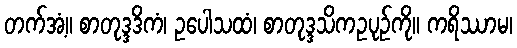
တက်အံ့။ စာတုဒ္ဒဒိကံ၊ ဥပေါသထံ၊ စာတုဒ္ဒသိကဥပုဉ်ကို။ ကရိဿာမ၊